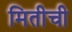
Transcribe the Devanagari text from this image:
मितीची